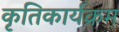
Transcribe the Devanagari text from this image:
कृतिकार्यक्रम